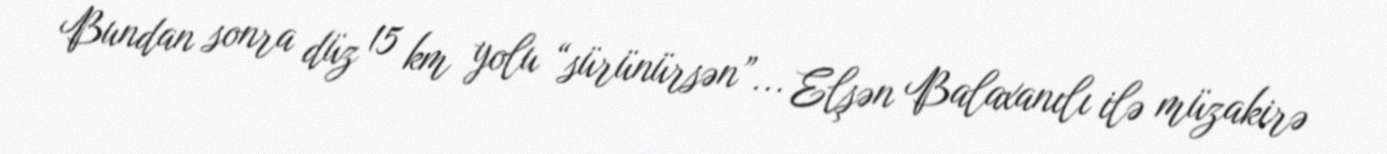
Bundan sonra düz 15 km yolu “sürünürsən”... Elşən Balaxanılı ilə müzakirə